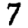
Digit: 7